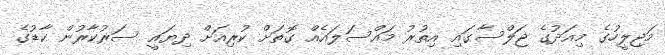
މަޖިލީހުގެ މިއަދުގެ ޖަލްސާގައި އިތުރު މައްސަލައެއް ގޮތަށް ކުރިއަށް ދިޔައީ ސަރުކާރުން ކާޑުގެ